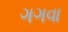
ગગવા